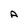
Character: A